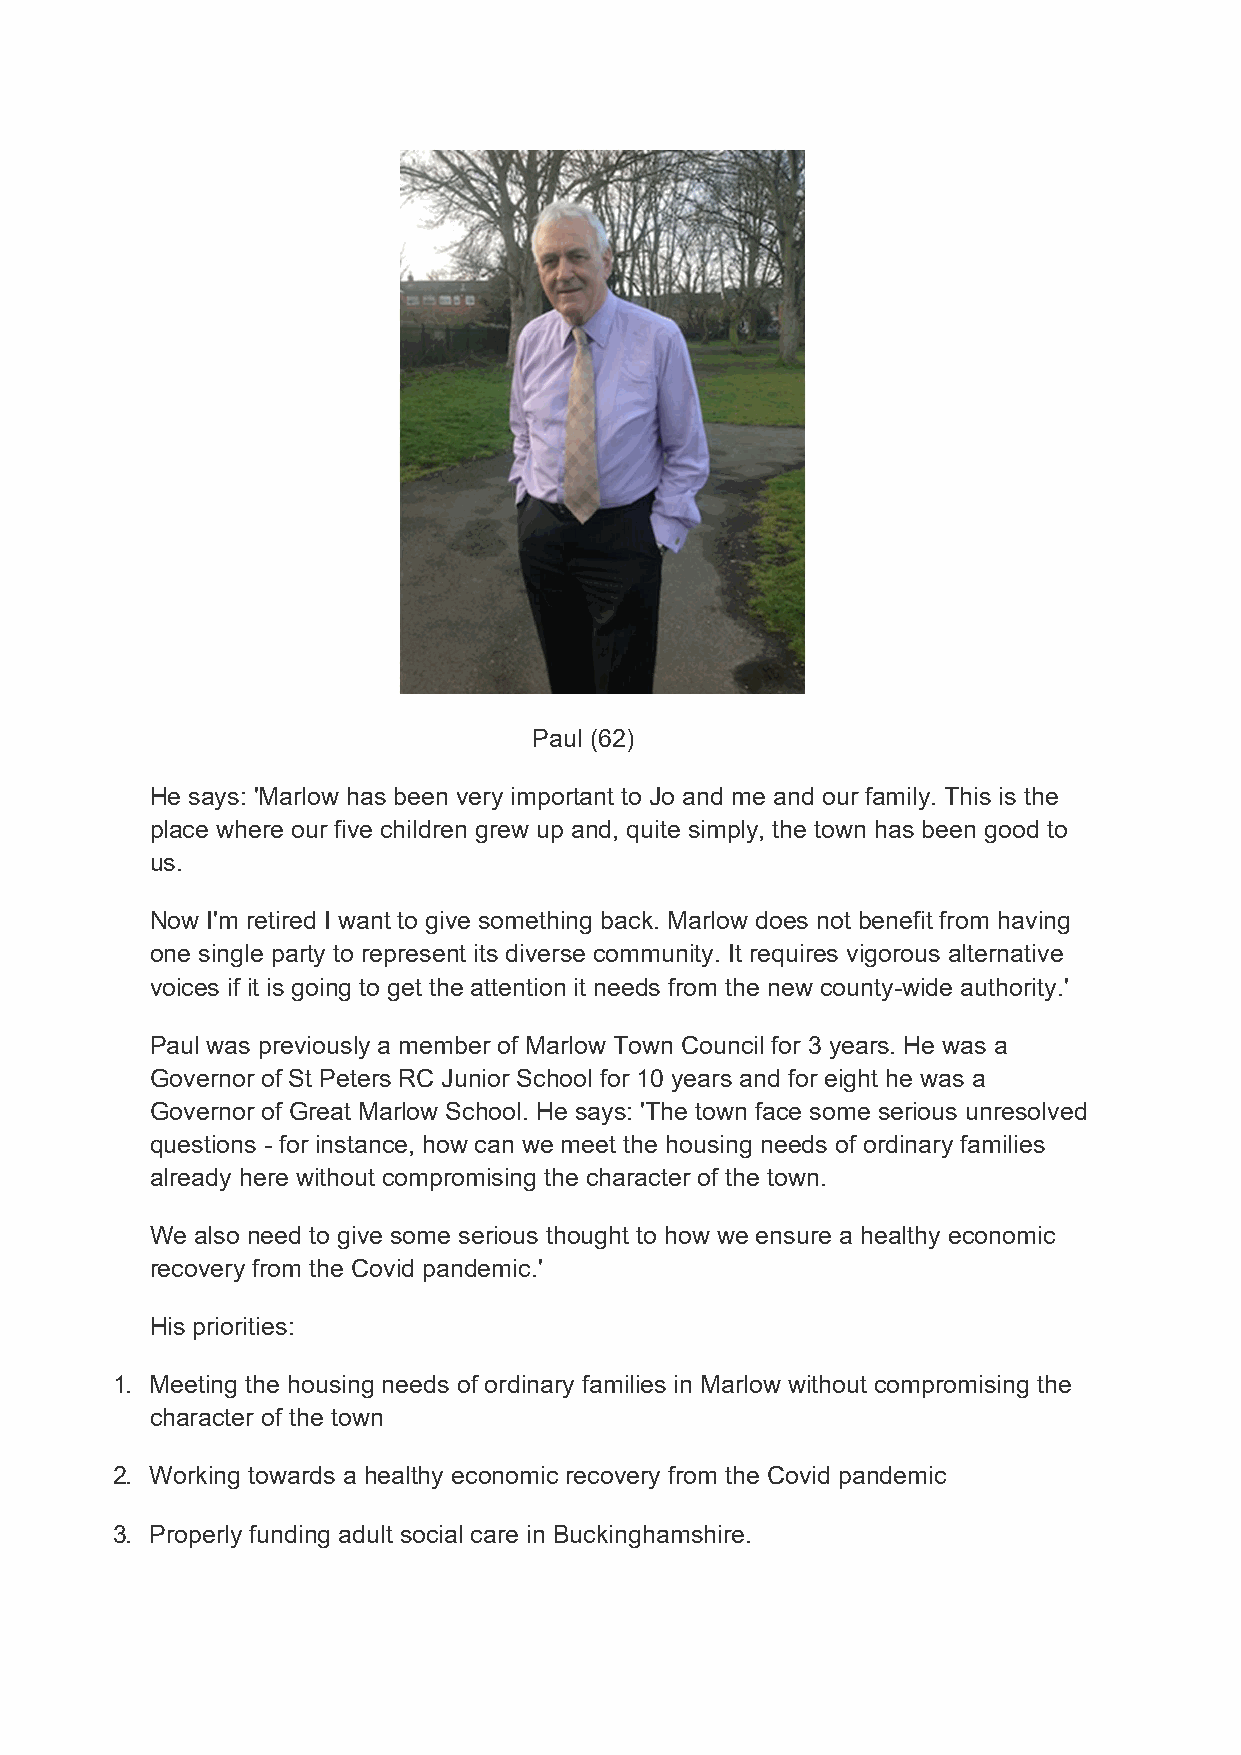
Paul (62)
 He says: 'Marlow has been very important to Jo and me and our family. This is the
 place where our five children grew up and, quite simply, the town has been good to
 us.
 Now I'm retired I want to give something back. Marlow does not benefit from having
 one single party to represent its diverse community. It requires vigorous alternative
 voices if it is going to get the attention it needs from the new county-wide authority.'
 Paul was previously a member of Marlow Town Council for 3 years. He was a
 Governor of St Peters RC Junior School for 10 years and for eight he was a
 Governor of Great Marlow School. He says: 'The town face some serious unresolved
 questions - for instance, how can we meet the housing needs of ordinary families
 already here without compromising the character of the town.
 We also need to give some serious thought to how we ensure a healthy economic
 recovery from the Covid pandemic.'
 His priorities:
 1. Meeting the housing needs of ordinary families in Marlow without compromising the
 character of the town
 2. Working towards a healthy economic recovery from the Covid pandemic
 3. Properly funding adult social care in Buckinghamshire.